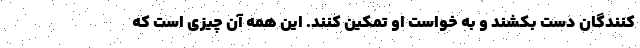
کنندگان دست بکشند و به خواست او تمکین کنند. این همه آن چیزی است که